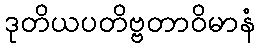
ဒုတိယပတိဗ္ဗတာဝိမာနံ